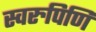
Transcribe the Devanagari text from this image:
स्वरुपिणि